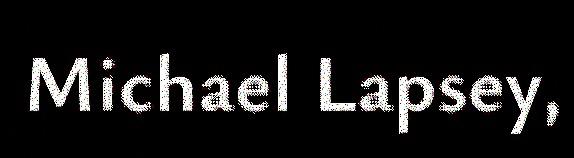
Michael Lapsey,